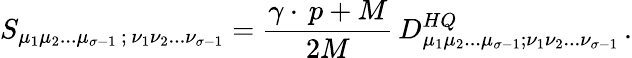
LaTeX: S_{\mu_{1}\mu_{2}...\mu_{\sigma-1}\, ;\, \nu_{1}\nu_{2}...\nu_{\sigma-1}}={\frac{\gamma\cdot\, p+M}{2M}}\, D_{\mu_{1}\mu_{2}...\mu_{\sigma-1};\nu_{1}\nu_{2}...\nu_{\sigma-1}}^{HQ}\, .